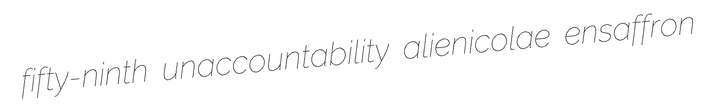
fifty-ninth unaccountability alienicolae ensaffron